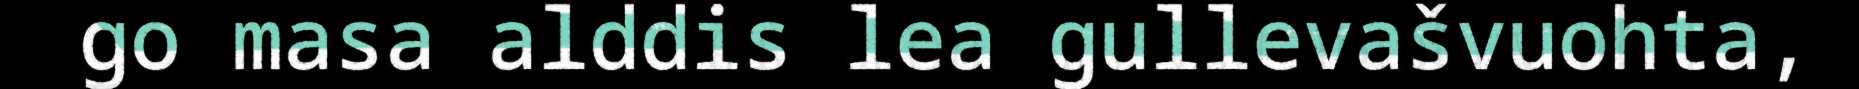
go masa alddis lea gullevašvuohta,